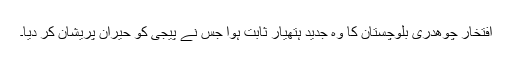
افتخار چوھدری بلوچستان کا وہ جدید ہتھیار ثابت ہوا جس نے پیجی کو حیران پریشان کر دیا۔